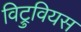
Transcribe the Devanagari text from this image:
विट्रुवियस